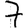
Digit: 7